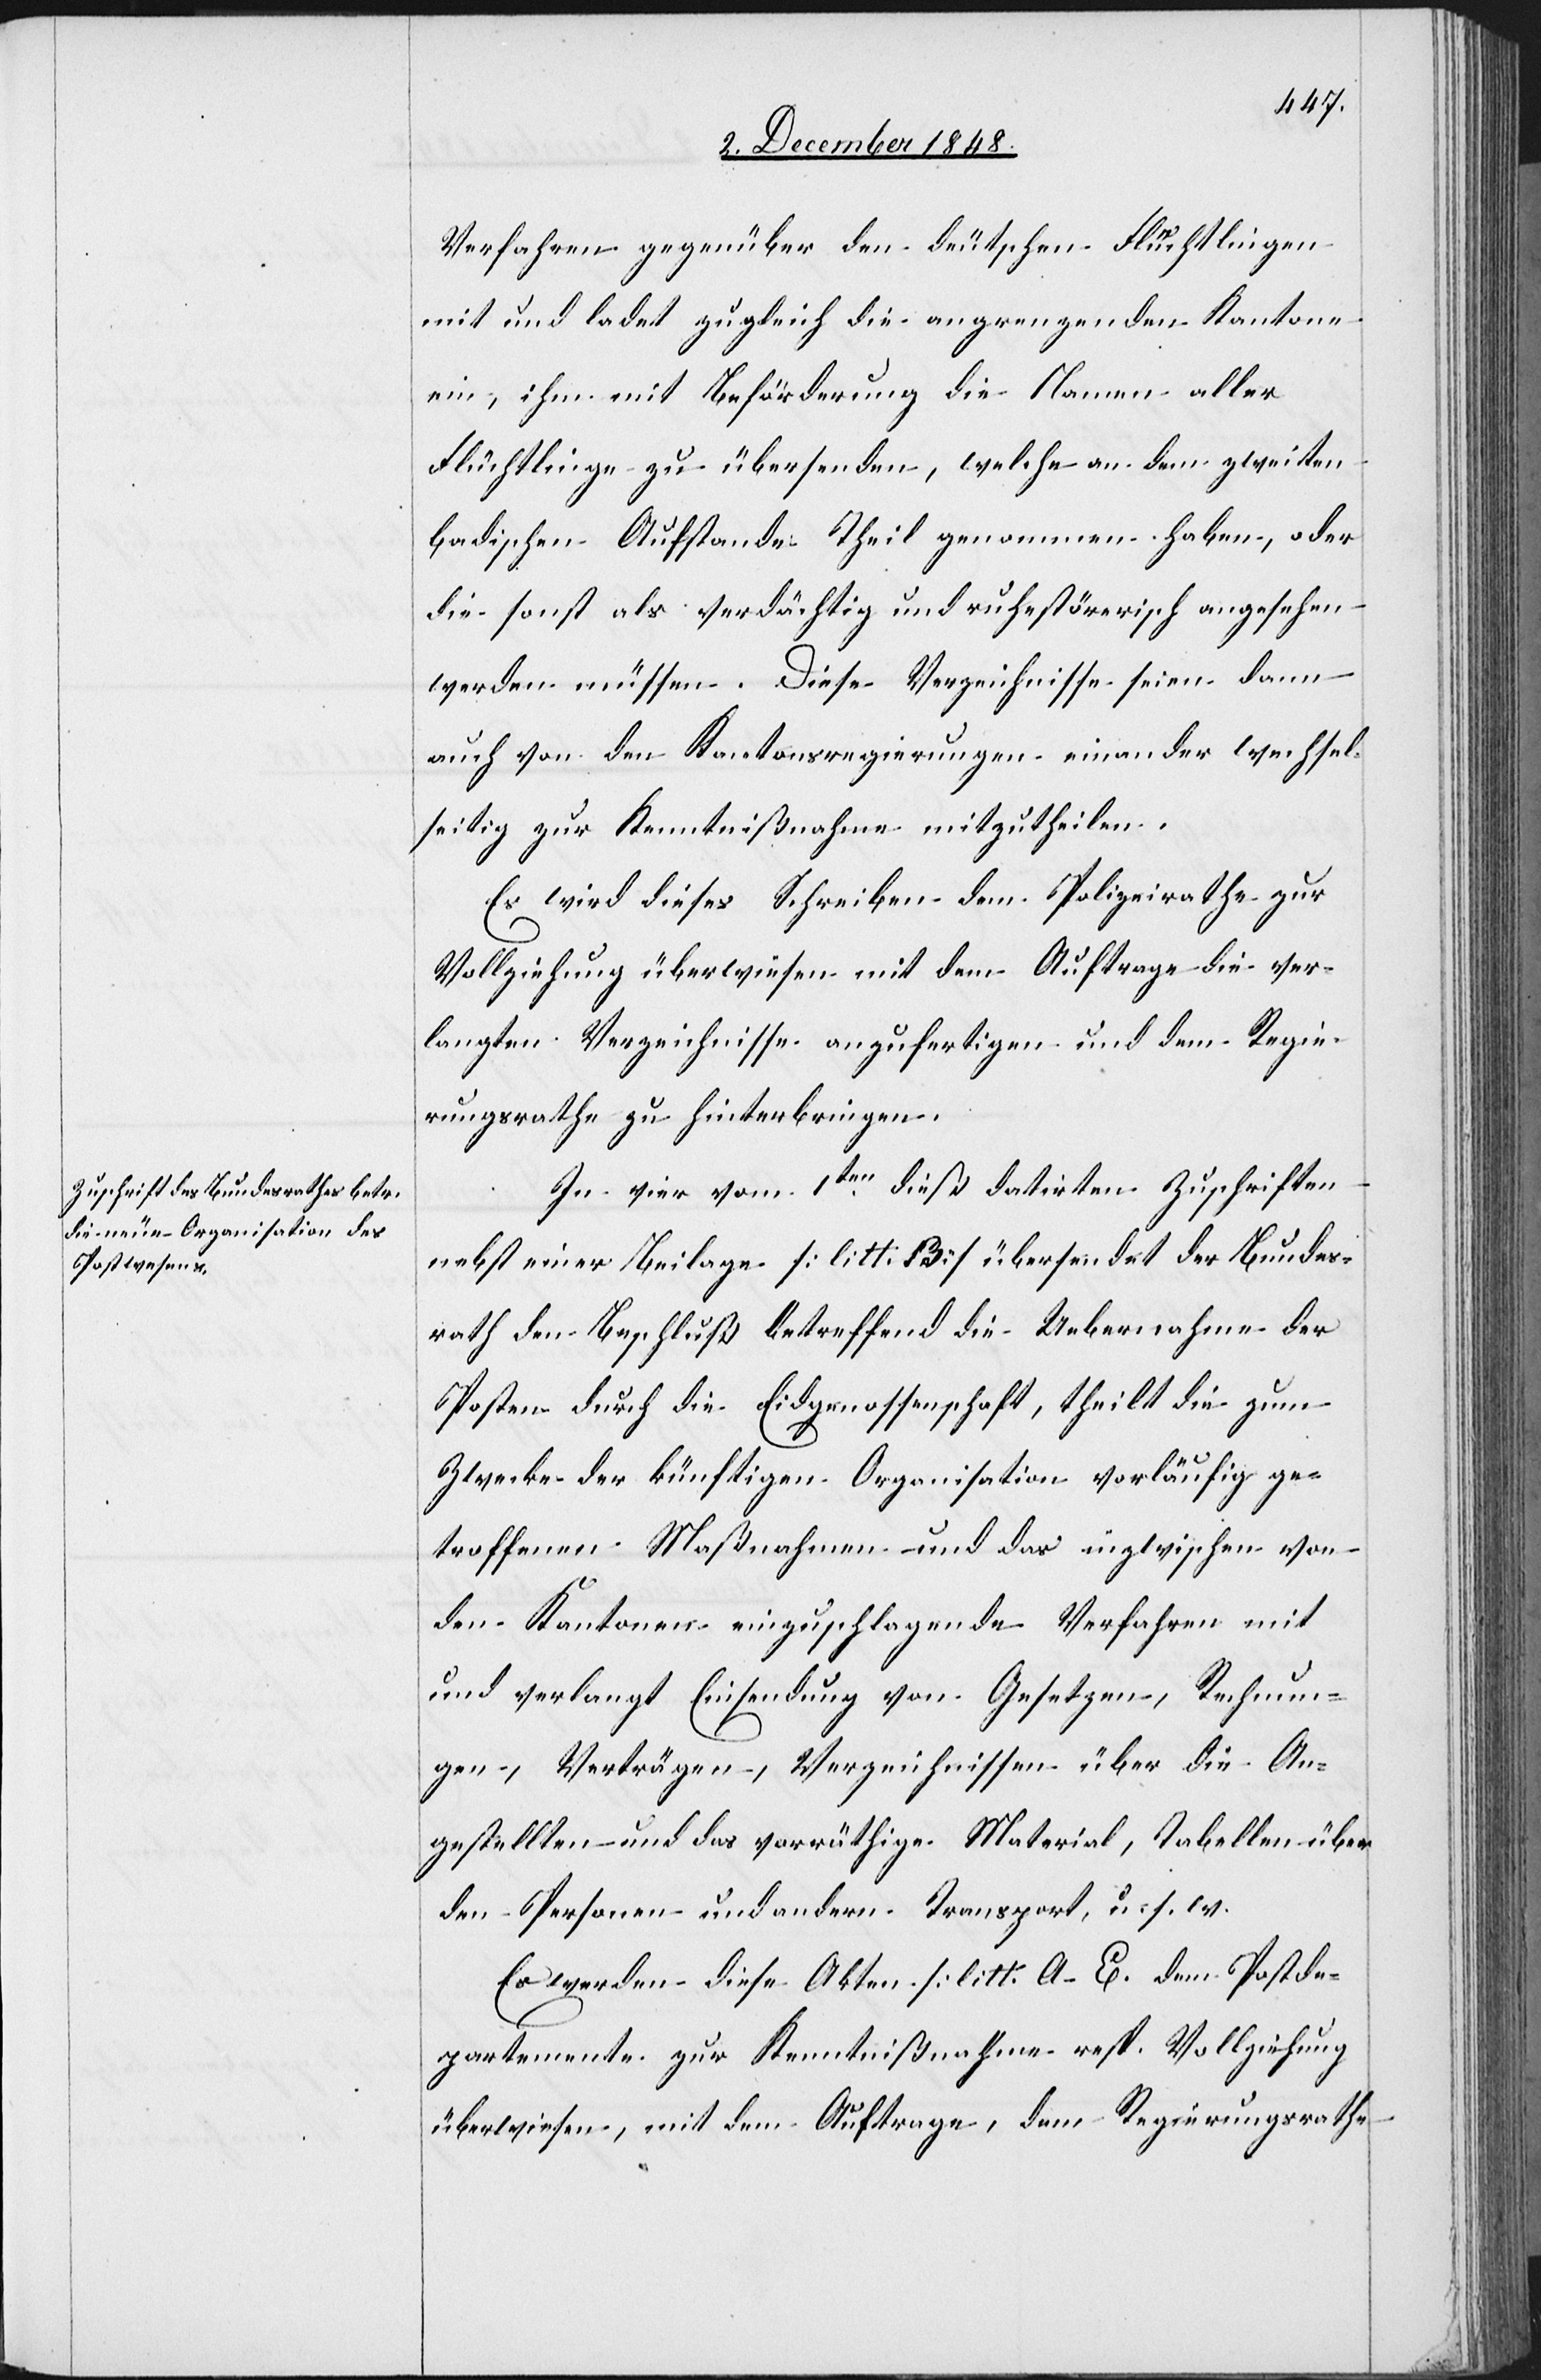
5t December 1848.]
Verfahren gegenüber den deutschen Flüchtlingen
mit und ladet zugleich die angrenzenden Kantone
ein, ihm mit Beförderung die Namen aller
Flüchtlinge zu übersenden, welche an dem zweiten
badischen Aufstande Theil genommen haben, oder
die sonst als verdächtig und ruhestörerisch angesehen
werden müssen. Diese Verzeichnisse seien dann
auch von den Kantonsregierungen einander wechsel¬
seitig zur Kenntnißnahme mitzutheilen.
Es wird dieses Schreiben dem Polizeirathe zur
Vollziehung überwiesen mit dem Auftrage die ver¬
langten Verzeichnisse anzufertigen und dem Regie¬
rungsrathe zu hinterbringen.
In vier vom 1ten dieß datirten Zuschriften
nebst einer Beilage [litt. B] übersendet der Bundes¬
rath den Beschluß betreffend die Uebernahme der
Posten durch die Eidgenossenschaft, theilt die zum
Zwecke der künftigen Organisation vorläufig ge¬
troffenen Maßnahmen und das inzwischen von
den Kantonen einzuschlagende Verfahren mit
und verlangt Einsendung von Gesetzen, Rechnun¬
gen, Verträgen, Verzeichnissen über die An¬
gestellten und das vorräthige Material, Tabellen über
den Personen[-] und andern Transport, u. s. w.
Es werden diese Akten [litt. A–E.[]] dem Postde¬
partemente zur Kenntnißnahme resp. Vollziehung
überwiesen, mit dem Auftrage, dem Regierungsrathe